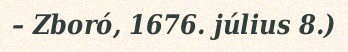
– Zboró, 1676. július 8.)